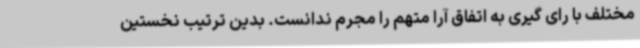
مختلف با رای گیری به اتفاق آرا متهم را مجرم ندانست. بدین ترتیب نخستین